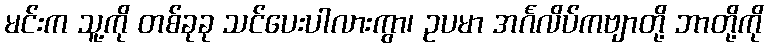
မင်းက သူ့ကို တစ်ခုခု သင်ပေးပါလားကွာ၊ ဥပမာ အင်္ဂလိပ်ကဗျာတို့ ဘာတို့ကို